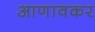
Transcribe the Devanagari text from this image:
आणावकर